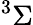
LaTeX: ^3\Sigma